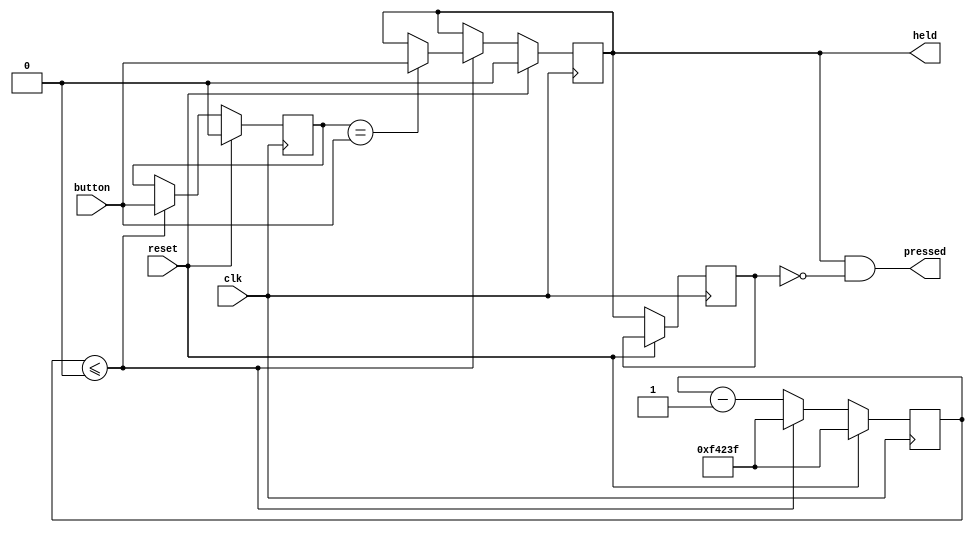
module debouncer (output pressed, held, input button, clk, reset);

	localparam sample_time = 1000000-1; //20ms
	
	reg [19:0] timer;
	reg button_sample, button_debounced, button_debounced_d;
	//reg button_n = ~button;

	
	always @ (posedge clk) begin
		//timer
		if (reset) begin
			timer <= sample_time;
		end
		else begin
			timer <= timer-1;
			if (timer <= 0)
				timer <= sample_time;
		end
		
		if (reset) begin
			button_sample <= 0;
			button_debounced <= 0;
			button_debounced <=0;
		end
		else begin
			button_debounced_d <= button_debounced;
			if (timer <= 0) begin
				button_sample <= button;
				if (button_sample == button)
					button_debounced <= button;
			end
		end
	end
	
	
	assign held = button_debounced;
	assign pressed = button_debounced & ~button_debounced_d;

	
endmodule